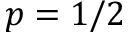
p = 1 / 2